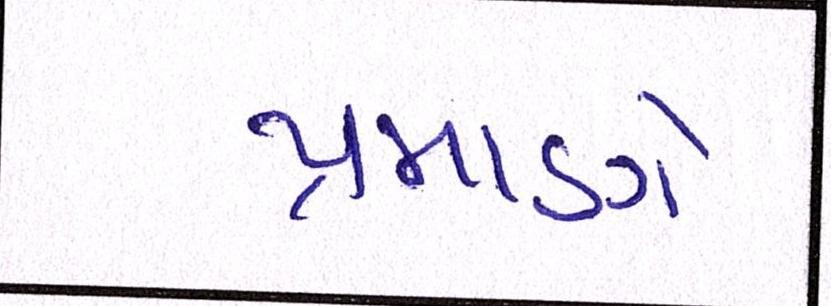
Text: પ્રમાણે